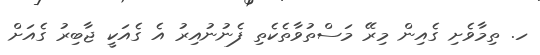
ހ. ތިމާވެށި ގެއިން މިރޭ މަސްތުވާތެކެތި ފެނުނުއިރު އެ ގެއަކީ ޖާބިރު ގެއަށް